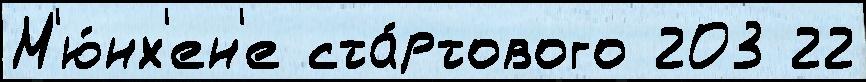
М'ю́нх'ен'е ста́ртового 203 22